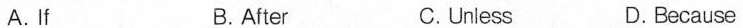
A. If B. After C. Unless D.Because